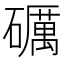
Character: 礪